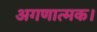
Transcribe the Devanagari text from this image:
अगणात्मक।